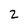
Character: z